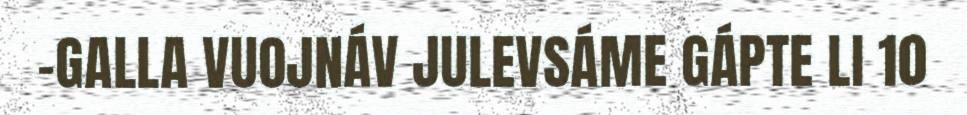
-GALLA VUOJNÁV JULEVSÁME GÁPTE LI 10